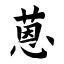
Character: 蒽